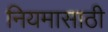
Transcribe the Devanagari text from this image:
नियमासाठी